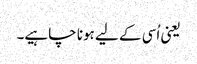
یعنی اُسی کے لیے ہونا چاہیے۔